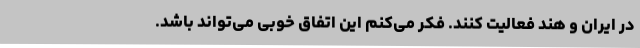
در ایران و هند فعالیت کنند. فکر می‌کنم این اتفاق خوبی می‌تواند باشد.